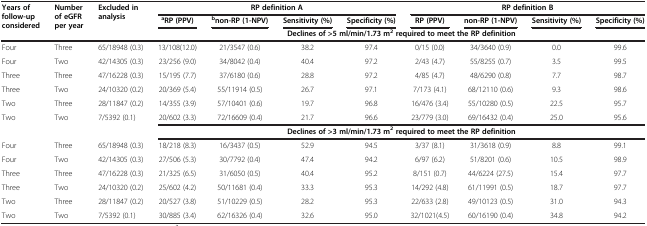
<table><thead><tr><td rowspan="3"><b>Years of follow-up considered</b></td><td rowspan="3"><b>Number of eGFR per year</b></td><td rowspan="3"><b>Excluded in analysis</b></td><td colspan="4"><b>RP definition A</b></td><td colspan="4"><b>RP definition B</b></td></tr><tr><td><b><sup>a</sup>RP (PPV)</b></td><td><b><sup>b</sup>non-RP (1-NPV)</b></td><td><b>Sensitivity (%)</b></td><td><b>Specificity (%)</b></td><td><b>RP (PPV)</b></td><td><b>non-RP (1-NPV)</b></td><td><b>Sensitivity (%)</b></td><td><b>Specificity (%)</b></td></tr><tr><td colspan="8"><b>Declines of &gt;5 ml/min/1.73 m<sup>2</sup>required to meet the RP definition</b></td></tr></thead><tbody><tr><td>Four</td><td>Three</td><td>65/18948 (0.3)</td><td>13/108(12.0)</td><td>21/3547 (0.6)</td><td>38.2</td><td>97.4</td><td>0/15 (0.0)</td><td>34/3640 (0.9)</td><td>0.0</td><td>99.6</td></tr><tr><td>Four</td><td>Two</td><td>42/14305 (0.3)</td><td>23/256 (9.0)</td><td>34/8042 (0.4)</td><td>40.4</td><td>97.2</td><td>2/43 (4.7)</td><td>55/8255 (0.7)</td><td>3.5</td><td>99.5</td></tr><tr><td>Three</td><td>Three</td><td>47/16228 (0.3)</td><td>15/195 (7.7)</td><td>37/6180 (0.6)</td><td>28.8</td><td>97.2</td><td>4/85 (4.7)</td><td>48/6290 (0.8)</td><td>7.7</td><td>98.7</td></tr><tr><td>Three</td><td>Two</td><td>24/10320 (0.2)</td><td>20/369 (5.4)</td><td>55/11914 (0.5)</td><td>26.7</td><td>97.1</td><td>7/173 (4.1)</td><td>68/12110 (0.6)</td><td>9.3</td><td>98.6</td></tr><tr><td>Two</td><td>Three</td><td>28/11847 (0.2)</td><td>14/355 (3.9)</td><td>57/10401 (0.6)</td><td>19.7</td><td>96.8</td><td>16/476 (3.4)</td><td>55/10280 (0.5)</td><td>22.5</td><td>95.7</td></tr><tr><td>Two</td><td>Two</td><td>7/5392 (0.1)</td><td>20/602 (3.3)</td><td>72/16609 (0.4)</td><td>21.7</td><td>96.6</td><td>23/779 (3.0)</td><td>69/16432 (0.4)</td><td>25.0</td><td>95.6</td></tr><tr><td> </td><td> </td><td> </td><td colspan="8"><b>Declines of &gt;3 ml/min/1.73 m</b><sup><b>2</b></sup><b> required to meet the RP definition</b></td></tr><tr><td>Four</td><td>Three</td><td>65/18948 (0.3)</td><td>18/218 (8.3)</td><td>16/3437 (0.5)</td><td>52.9</td><td>94.5</td><td>3/37 (8.1)</td><td>31/3618 (0.9)</td><td>8.8</td><td>99.1</td></tr><tr><td>Four</td><td>Two</td><td>42/14305 (0.3)</td><td>27/506 (5.3)</td><td>30/7792 (0.4)</td><td>47.4</td><td>94.2</td><td>6/97 (6.2)</td><td>51/8201 (0.6)</td><td>10.5</td><td>98.9</td></tr><tr><td>Three</td><td>Three</td><td>47/16228 (0.3)</td><td>21/325 (6.5)</td><td>31/6050 (0.5)</td><td>40.4</td><td>95.2</td><td>8/151 (0.7)</td><td>44/6224 (27.5)</td><td>15.4</td><td>97.7</td></tr><tr><td>Three</td><td>Two</td><td>24/10320 (0.2)</td><td>25/602 (4.2)</td><td>50/11681 (0.4)</td><td>33.3</td><td>95.3</td><td>14/292 (4.8)</td><td>61/11991 (0.5)</td><td>18.7</td><td>97.7</td></tr><tr><td>Two</td><td>Three</td><td>28/11847 (0.2)</td><td>20/527 (3.8)</td><td>51/10229 (0.5)</td><td>28.2</td><td>95.3</td><td>22/633 (2.8)</td><td>49/10123 (0.5)</td><td>31.0</td><td>94.3</td></tr><tr><td>Two</td><td>Two</td><td>7/5392 (0.1)</td><td>30/885 (3.4)</td><td>62/16326 (0.4)</td><td>32.6</td><td>95.0</td><td>32/1021(4.5)</td><td>60/16190 (0.4)</td><td>34.8</td><td>94.2</td></tr></tbody></table>